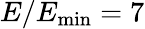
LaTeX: E/E_{\mathrm{min}}=7